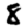
Digit: 8